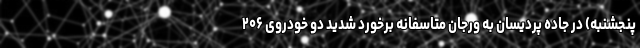
پنجشنبه) در جاده پردیسان به ورجان متاسفانه برخورد شدید دو خودروی ۲۰۶